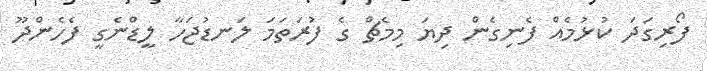
ފޯރިގަދަ ކުޅުމެއް ފެނިގެން ދިޔަ މިމެޗް ގެ ފުރަތަމަ ލަނޑުޖަހާ ލީޑްނެގީ ފެހެންދޫ